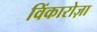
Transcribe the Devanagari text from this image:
विंकारोज़ा